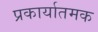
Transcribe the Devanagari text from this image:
प्रकार्यातमक